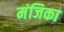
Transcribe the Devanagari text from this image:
मंजिका